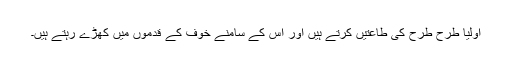
اولیا طرح طرح کی طاعتیں کرتے ہیں اور اس کے سامنے خوف کے قدموں میں کھڑے رہتے ہیں۔